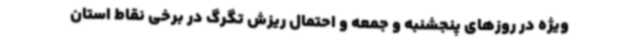
ویژه در روزهای پنجشنبه و جمعه و احتمال ریزش تگرگ در برخی نقاط استان